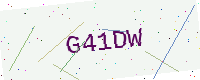
Text: G41DW